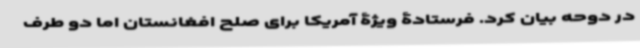
در دوحه بیان کرد. فرستادۀ ویژۀ آمریکا برای صلح افغانستان اما دو طرف